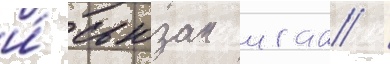
и́ сьюзан иган /